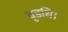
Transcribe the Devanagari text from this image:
वृडधि।